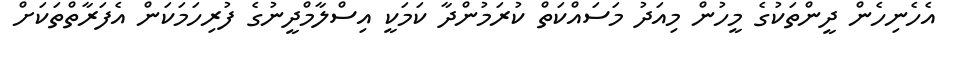
އެހެނިހެން ދީންތަކުގެ މީހުން މިއަދު މަސައްކަތް ކުރަމުންދާ ކަމަކީ އިސްލާމްދީނުގެ ފުރިހަމަކަން އެފަރާތްތަކަށް